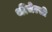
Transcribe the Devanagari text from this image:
थींचेल्सी